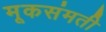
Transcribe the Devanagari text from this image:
मूकसंमती